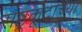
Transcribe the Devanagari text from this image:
राष्ट्रकूटाच्या